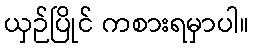
ယှဉ်ပြိုင် ကစားရမှာပါ။